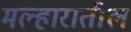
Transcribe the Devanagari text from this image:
मल्हारातील